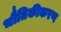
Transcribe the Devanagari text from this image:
भौतिकीकरण